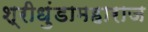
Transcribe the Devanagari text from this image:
श्रीधुंडामहाराज